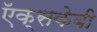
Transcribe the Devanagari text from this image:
ऍक्सकेबी